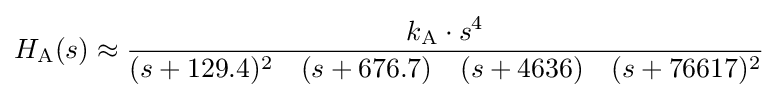
H_{\text{A}}(s)\approx {k_{\text{A}}\cdot s^{4} \over (s+129.4)^{2}\quad (s+676.7)\quad (s+4636)\quad (s+76617)^{2}}